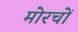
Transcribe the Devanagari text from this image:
मोरचों